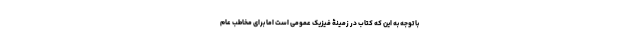
با توجه به این که کتاب در زمینۀ فیزیک عمومی است اما برای مخاطب عام